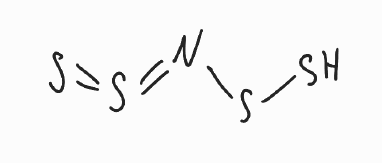
Simplified molecular-input line-entry system (SMILES) notation of the given molecule:
N(=S=S)SS